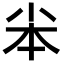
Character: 𡭦